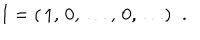
LaTeX: { \bf I } = ( \, 1 , \, 0 , \, \ldots , \, 0 , \, \ldots ) \; \; .